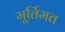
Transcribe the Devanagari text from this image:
मूर्तिमत